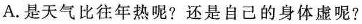
A. 是天气比往年热呢? 还是自己的身体虚呢?